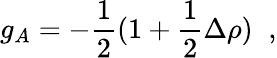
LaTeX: g_{A}=-\frac{1}{2}(1+\frac{1}{2}\Delta\rho)\; \; ,